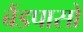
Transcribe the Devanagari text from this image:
बैंडपासों